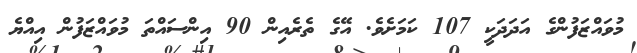
މުވައްޒަފުންގެ އަދަދަކީ 107 ކަމަށެވެ. އޭގެ ތެރެއިން 90 އިންސައްތަ މުވައްޒަފުން އިއްޔެ